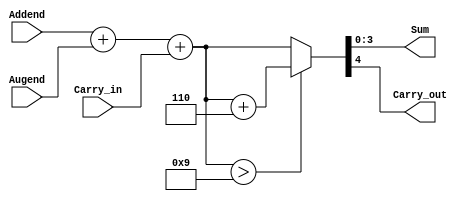
module BCD_Adder(
	output [3:0]	Sum,
	output		Carry_out,
	input[3:0]	Addend, Augend,
	input		Carry_in
);
	reg [4:0] s2;	
	assign Sum = s2[3:0];
	assign Carry_out = s2[4];
	always	@(*)
	begin
	s2 = Addend + Augend + Carry_in;
	if (s2 > 9 ) s2 = s2 + 6;
	end
endmodule